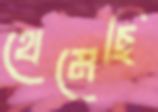
থেমেছি